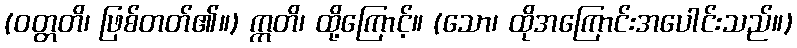
(ဝတ္တတိ၊ ဖြစ်တတ်၏။) ဣတိ၊ ထို့ကြောင့်။ (သော၊ ထိုအကြောင်းအပေါင်းသည်။)